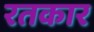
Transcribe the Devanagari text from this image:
रतकार